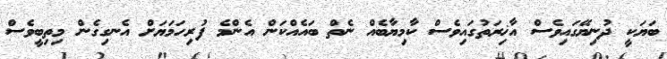
ބަޔަކީ ދުނިޔޭގައިވެސް އާޚިރަތުގައިވެސް ކާމިޔާބެއް ނެތް ބައެއްކަން އެންމެ ފުރިހަމަޔަށް އެނގިގެން މިތިބީވެސް